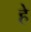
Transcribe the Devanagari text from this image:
हे